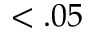
< . 0 5